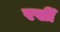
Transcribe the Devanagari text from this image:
रखीँ